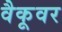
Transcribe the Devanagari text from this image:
वैकूवर